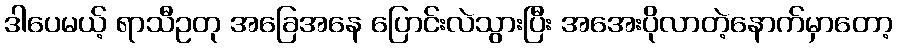
ဒါပေမယ့် ရာသီဥတု အခြေအနေ ပြောင်းလဲသွားပြီး အအေးပိုလာတဲ့နောက်မှာတော့